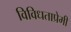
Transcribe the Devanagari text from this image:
विविधताप्रेमी